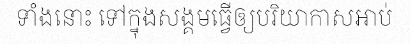
ទាំងនោះ ទៅក្នុងសង្គមធ្វើឲ្យបរិយាកាសអាប់